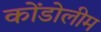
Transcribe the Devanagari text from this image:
कोंडोलीम